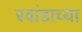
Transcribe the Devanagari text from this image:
रवांडाच्‍या